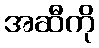
အဆီကို